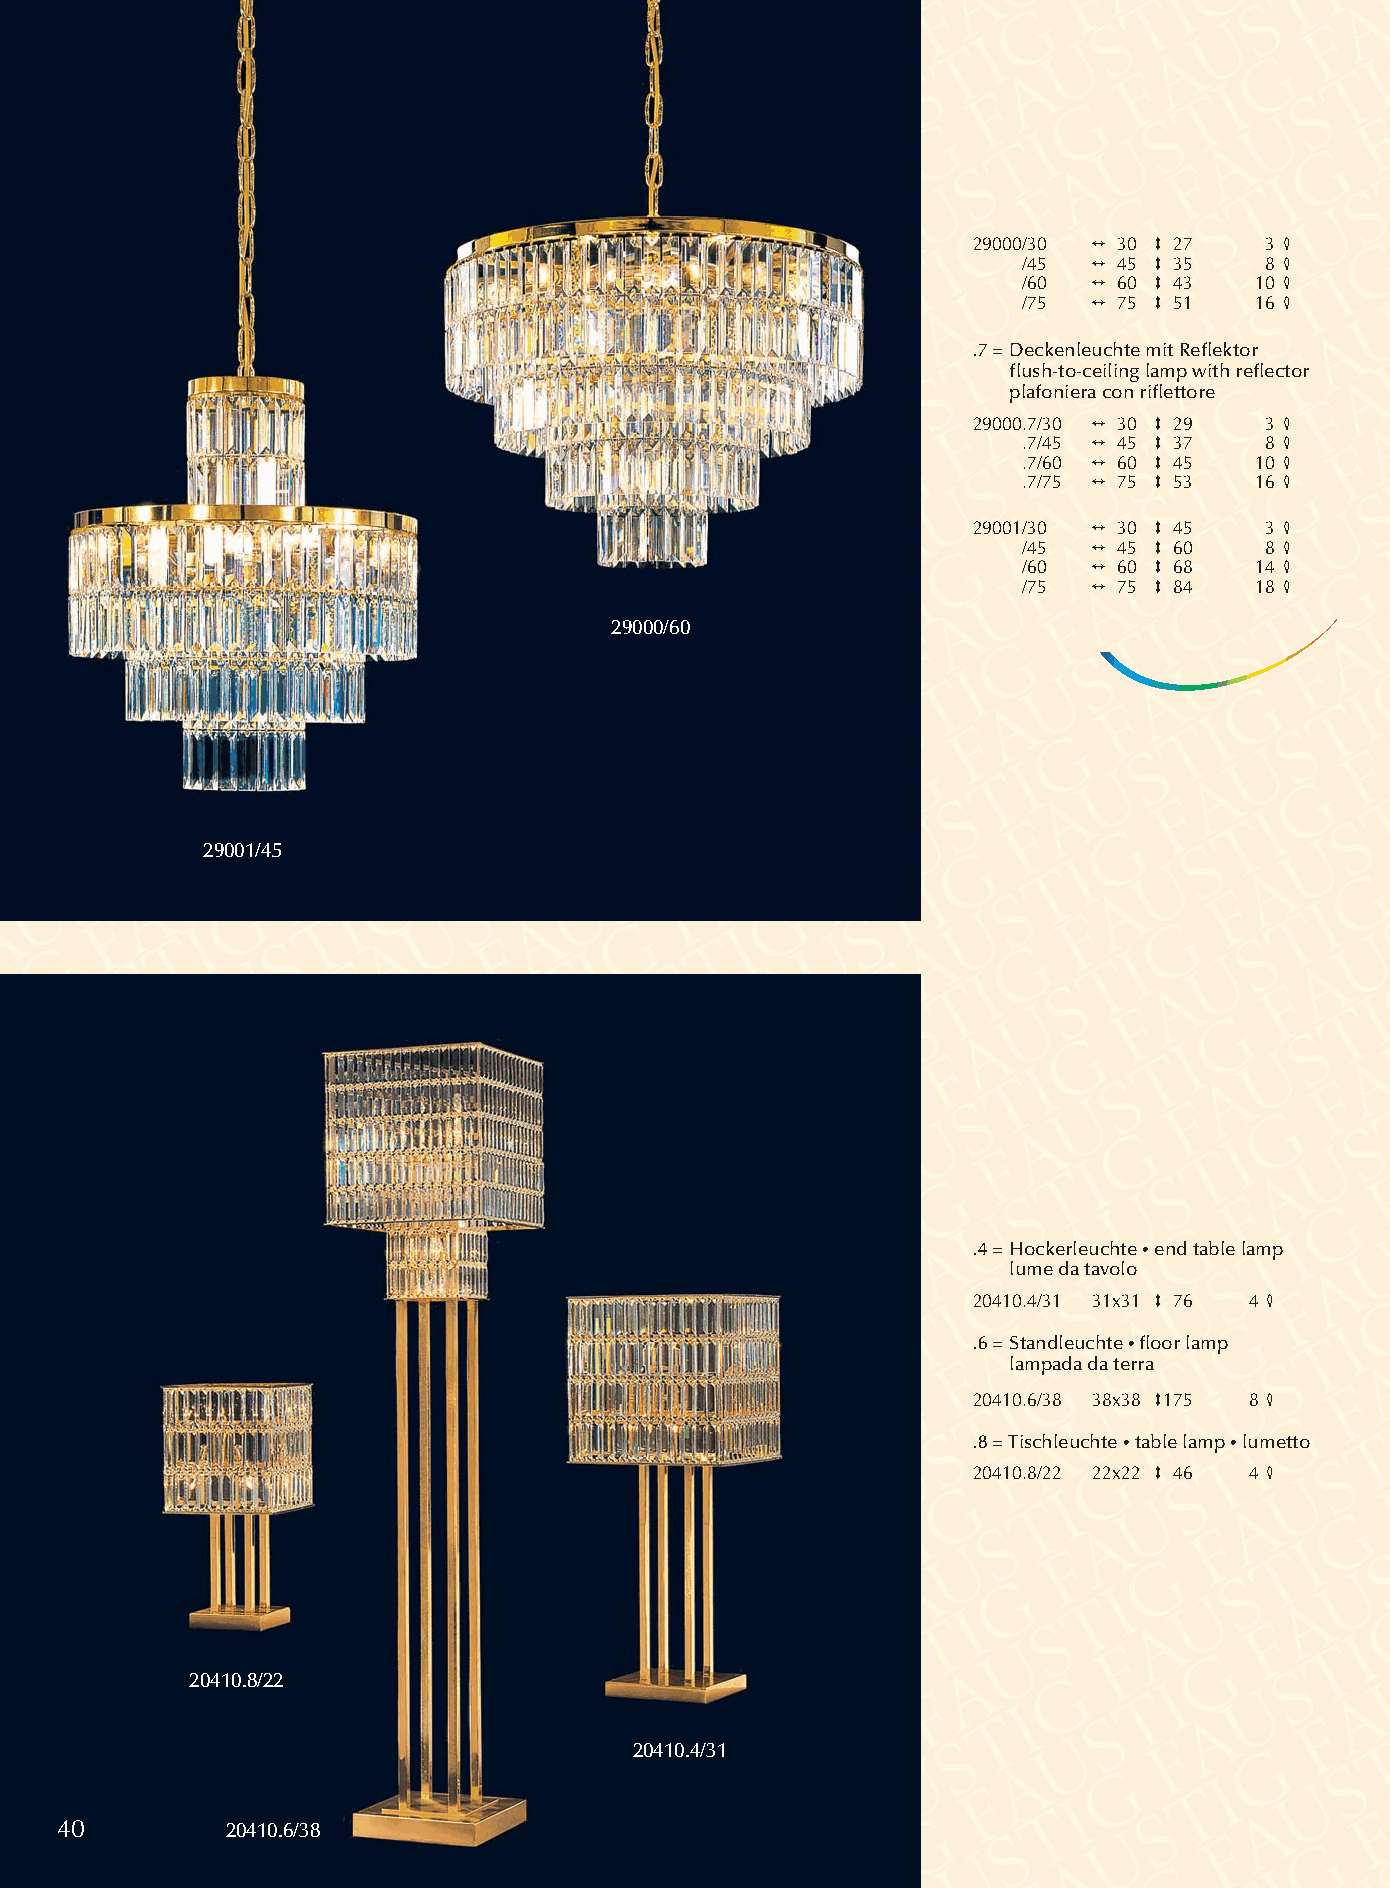
29000/30 2 30 3 27  3 4
 /45 2 45 3 35   8 4
 /60 2 60 3 43  10 4
 /75 2 75 3 51  16 4
 .7 =Deckenleuchte mit Reflektor
 flush-to-ceiling lamp with reflector
 plafoniera con riflettore
 29000.7/30 2 30 3 29 3 4
 .7/45 2 45 3 37 8 4
 .7/60 2 60 3 45 10 4
 .7/75 2 75 3 53 16 4
 29001/30 2 30 3 45  3 4
 /45 2 45 3 60   8 4
 /60 2 60 3 68  14 4
 /75 2 75 3 84  18 4
 29000/60
 29001/45
 .4 = Hockerleuchte •end table lamp
 lume da tavolo
 20410.4/31 31x31 3 76 4 4
 .6 = Standleuchte •floor lamp
 lampada da terra
 20410.6/38 38x38 3175 8 4
 .8 = Tischleuchte •table lamp •lumetto
 20410.8/22 22x22 3 46 4 4
 20410.8/22
 20410.4/31
 40         20410.6/38